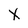
Character: X